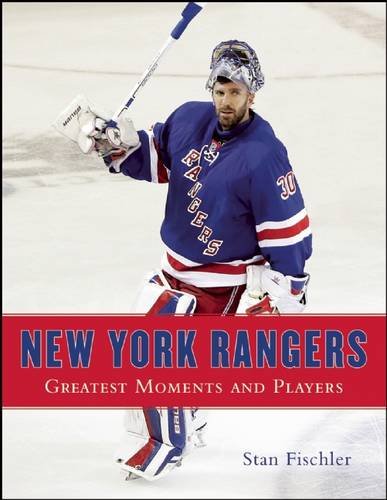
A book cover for New York Rangers: Greatest Moments and Players; Stan Fischler; Sports & Outdoors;